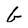
Character: G